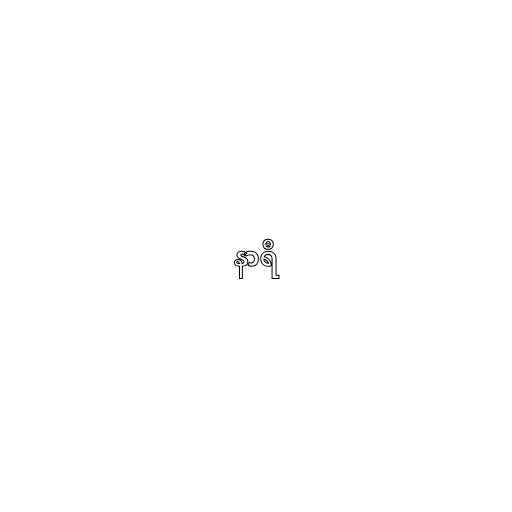
နာရီ